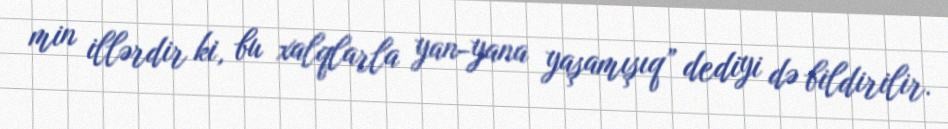
min illərdir ki, bu xalqlarla yan-yana yaşamışıq” dediyi də bildirilir.